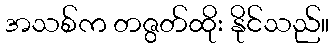
အသစ်က တဇွတ်ထိုး နိုင်သည်။